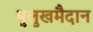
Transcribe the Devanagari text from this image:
मुलुखमैदान